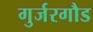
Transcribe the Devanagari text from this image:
गुर्जरगौड